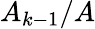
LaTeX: A_{k-1}/A